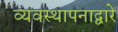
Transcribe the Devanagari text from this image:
व्यवस्थापनाद्वारे